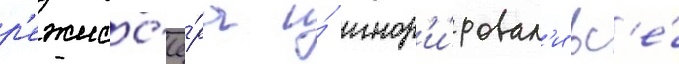
р'ежисс'ё́ра и́ игнор'и́ровал'и вс'е́